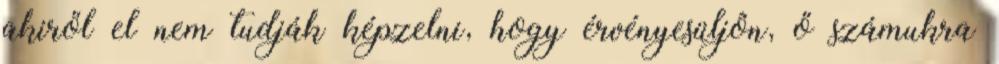
akiről el nem tudják képzelni, hogy érvényesüljôn, ő számukra